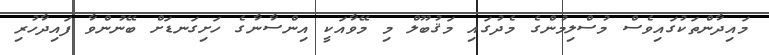
މައިދާންތަކުގައިވެސް މުސްލިމުންގެ މެދުގައި މަޤުބޫލް މި މޭވާއަކީ އިންސާނާގެ ހަށިގަނޑަށް ބޭނުންވާ ފައިދާހުރި